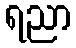
ရညာ